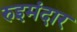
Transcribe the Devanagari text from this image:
रुइमंदार